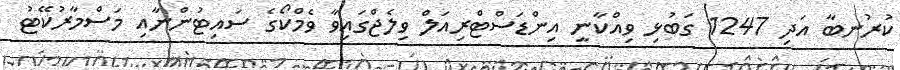
ކުރުނބާ އަދި 1247 ގަބުޅި ވިއްކާނީ އިންޑަސްޓްރިއަލް ވިލެޖްގައިވާ ވެމްކޯގެ ސައިޓުންނާއި މަސްމާރުކޭޓު